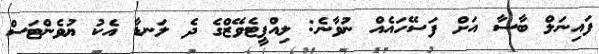
ފައިނަލް ބާސާ އަށް ފަސޭހައެއް ނުވާނެ: ލިއްޕީޓެވޭޒްގެ ދެ ލަނޑާ އެކު ޔުވެންޓަސް